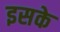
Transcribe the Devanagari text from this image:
इसके